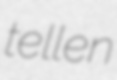
tellen